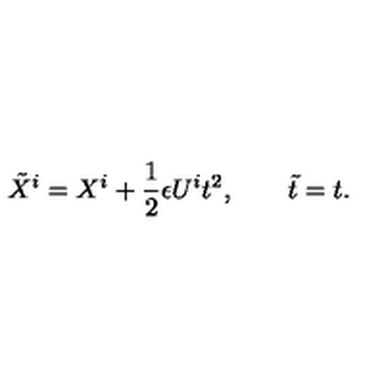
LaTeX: { \tilde { X } ^ { i } } = X ^ { i } + \frac { 1 } { 2 } \epsilon U ^ { i } t ^ { 2 } , \qquad { \tilde { t } } = t .